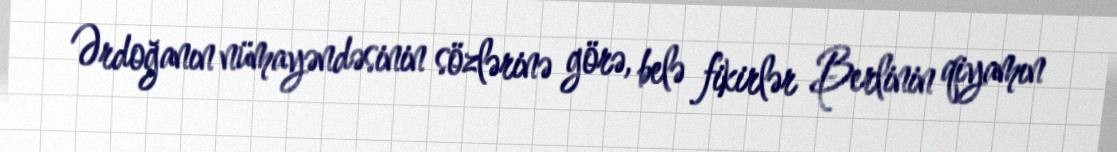
Ərdoğanın nümayəndəsinin sözlərinə görə, belə fikirlər Berlinin qiyamın